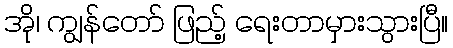
အို၊ ကျွန်တော် ဖြည့် ရေးတာမှားသွားပြီ။